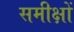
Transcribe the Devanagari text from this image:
समीक्षों